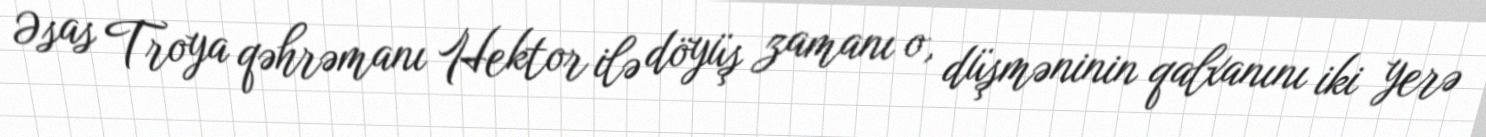
Əsas Troya qəhrəmanı Hektor ilə döyüş zamanı o, düşməninin qalxanını iki yerə